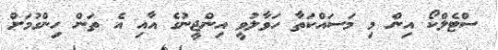
ސްޓެލްކޯ އިން މި މަސައްކަތާ ހަވާލުވީ އިންޖީނުގެ އާއި އެ ތަން ހިންގުމަށް